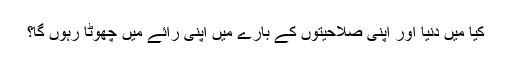
کیا میں دنیا اور اپنی صلاحیتوں کے بارے میں اپنی رائے میں چھوٹا رہوں گا؟